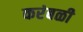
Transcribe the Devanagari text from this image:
करंबळी